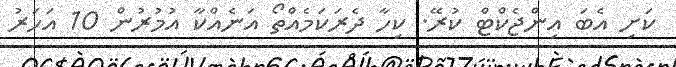
ކަށި އެބަ އިންޖެކްޓް ކުރޭ. ކިހާ ދެރަކަމެއްތޯ އަނެއްކާ އުމުރުން 10 އަހަރު